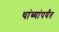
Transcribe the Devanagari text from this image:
थांब्यांपर्यंत